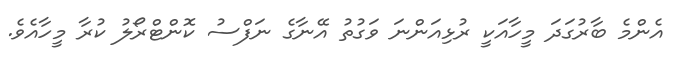
އެންމެ ބާރުގަދަ މީހާއަކީ ރުޅިއަންނަ ވަގުތު އޭނާގެ ނަފްސު ކޮންޓްރޯލު ކުރާ މީހާއެވެ.